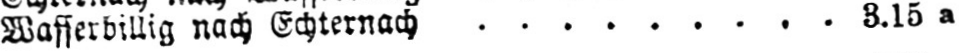
Wasserbillig nach Echternach ......... 3.15a